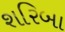
શરિબા